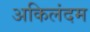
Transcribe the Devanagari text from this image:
अकिलंदम